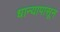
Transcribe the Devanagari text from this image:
धान्यापासून